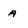
Character: a